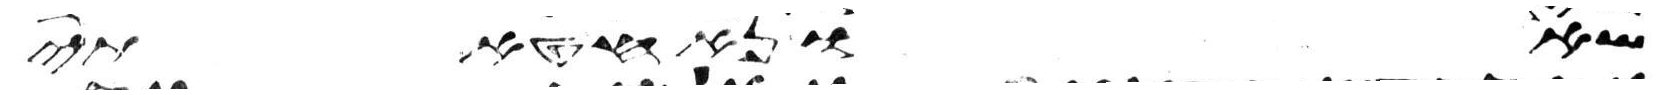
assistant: שאו נא חטאתי